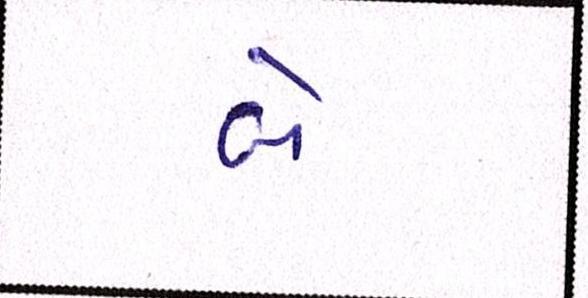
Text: બે